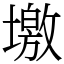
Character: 墽